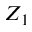
Z _ { 1 }